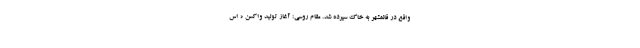
واقع در قائمشهر به خاک سپرده شد. مقام روسی: آغاز تولید واکسن « اس